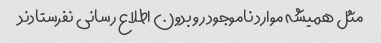
مثل همیشه موارد ناموجود رو بدون اطلاع رسانی نفرستادند